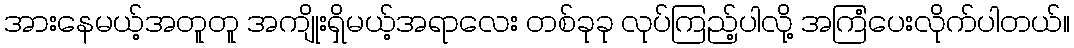
အားနေမယ့်အတူတူ အကျိုးရှိမယ့်အရာလေး တစ်ခုခု လုပ်ကြည့်ပါလို့ အကြံပေးလိုက်ပါတယ်။